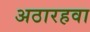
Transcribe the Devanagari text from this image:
अठारहवा